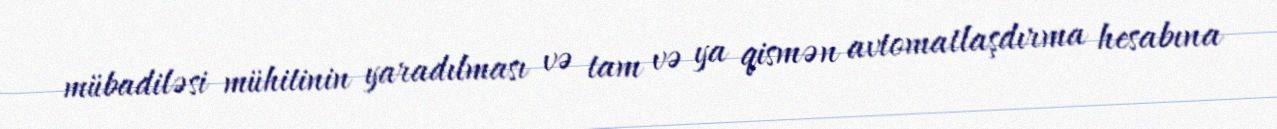
mübadiləsi mühitinin yaradılması və tam və ya qismən avtomatlaşdırma hesabına